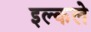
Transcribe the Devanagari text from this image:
इल्कले